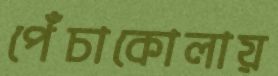
পেঁচাকোলায়